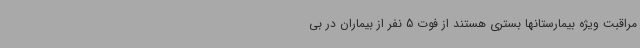
مراقبت ویژه بیمارستانها بستری هستند از فوت 5 نفر از بیماران در بی